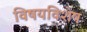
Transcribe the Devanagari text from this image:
विषयविशेष